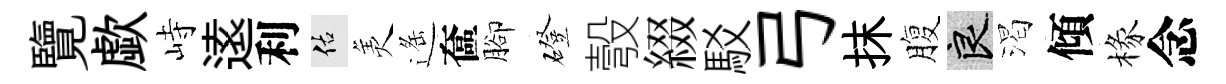
覽歔峙逺利佑羙遥奩腳磴彀綴駁弓抹腹良渴傾椽念